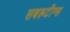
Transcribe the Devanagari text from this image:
सबरूटीन्स